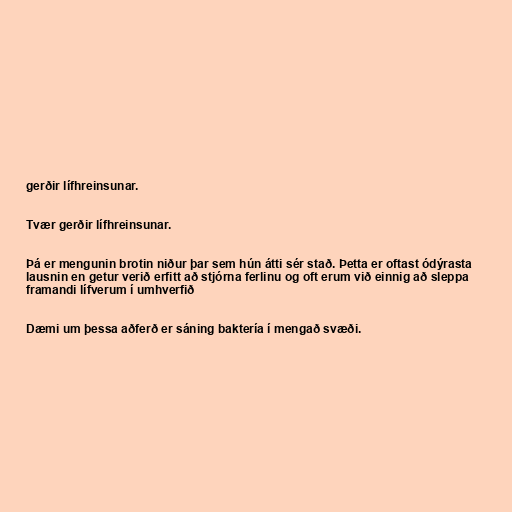
gerðir lífhreinsunar.

Tvær gerðir lífhreinsunar.

Þá er mengunin brotin niður þar sem hún átti sér stað. Þetta er oftast ódýrasta
lausnin en getur verið erfitt að stjórna ferlinu og oft erum við einnig að sleppa
framandi lífverum í umhverfið

Dæmi um þessa aðferð er sáning baktería í mengað svæði.